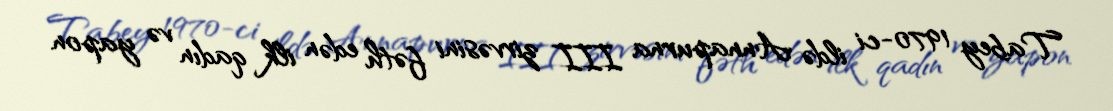
Tabey 1970-ci ildə Annapurna III zirvəsini fəth edən ilk qadın və yapon